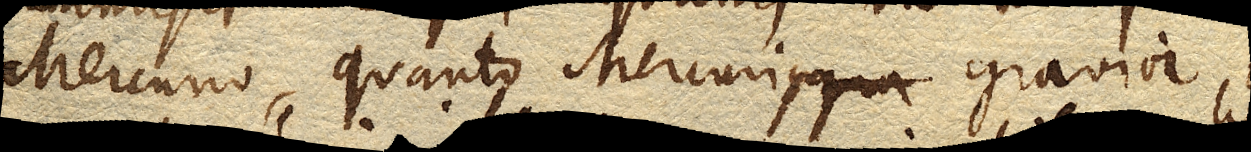
Mercurio, quanto Mercurius gravior